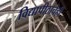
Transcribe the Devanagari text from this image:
विद्यापीठाचेही